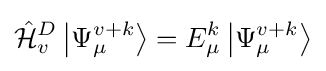
{\hat {\mathcal {H}}}_{v}^{D}\left|\Psi _{\mu }^{v+k}\right\rangle =E_{\mu }^{k}\left|\Psi _{\mu }^{v+k}\right\rangle